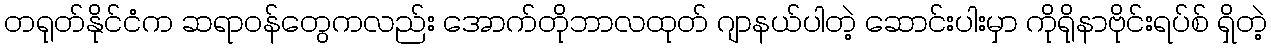
တရုတ်နိုင်ငံက ဆရာဝန်တွေကလည်း အောက်တိုဘာလထုတ် ဂျာနယ်ပါတဲ့ ဆောင်းပါးမှာ ကိုရိုနာဗိုင်းရပ်စ် ရှိတဲ့